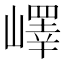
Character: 嶧